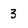
Character: 3